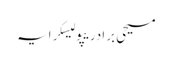
مسیحی برادریپولیسکرایہ